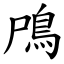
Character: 鳲